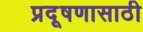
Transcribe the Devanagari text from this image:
प्रदूषणासाठी